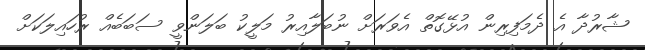
ޝާރުދާ އެ ދެމަފިރިން އުޅޭގޮތް އެވަރަށް ނުބަލާއިރު މަލީކު ބަލަންވީ ސަބަބެއް ރުހައިލަކަށް